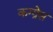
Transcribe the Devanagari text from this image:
कग्ग्रेस